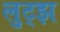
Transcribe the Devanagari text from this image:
लुट्झ